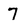
Character: 7